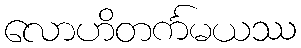
လောဟိတင်္ကမယဿ